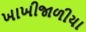
ખાખીજાળીયા